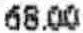
68.00